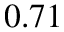
0 . 7 1